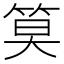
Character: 𫂁